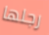
رجلها